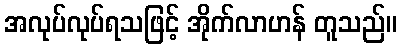
အလုပ်လုပ်ရသဖြင့် အိုက်လာဟန် တူသည်။